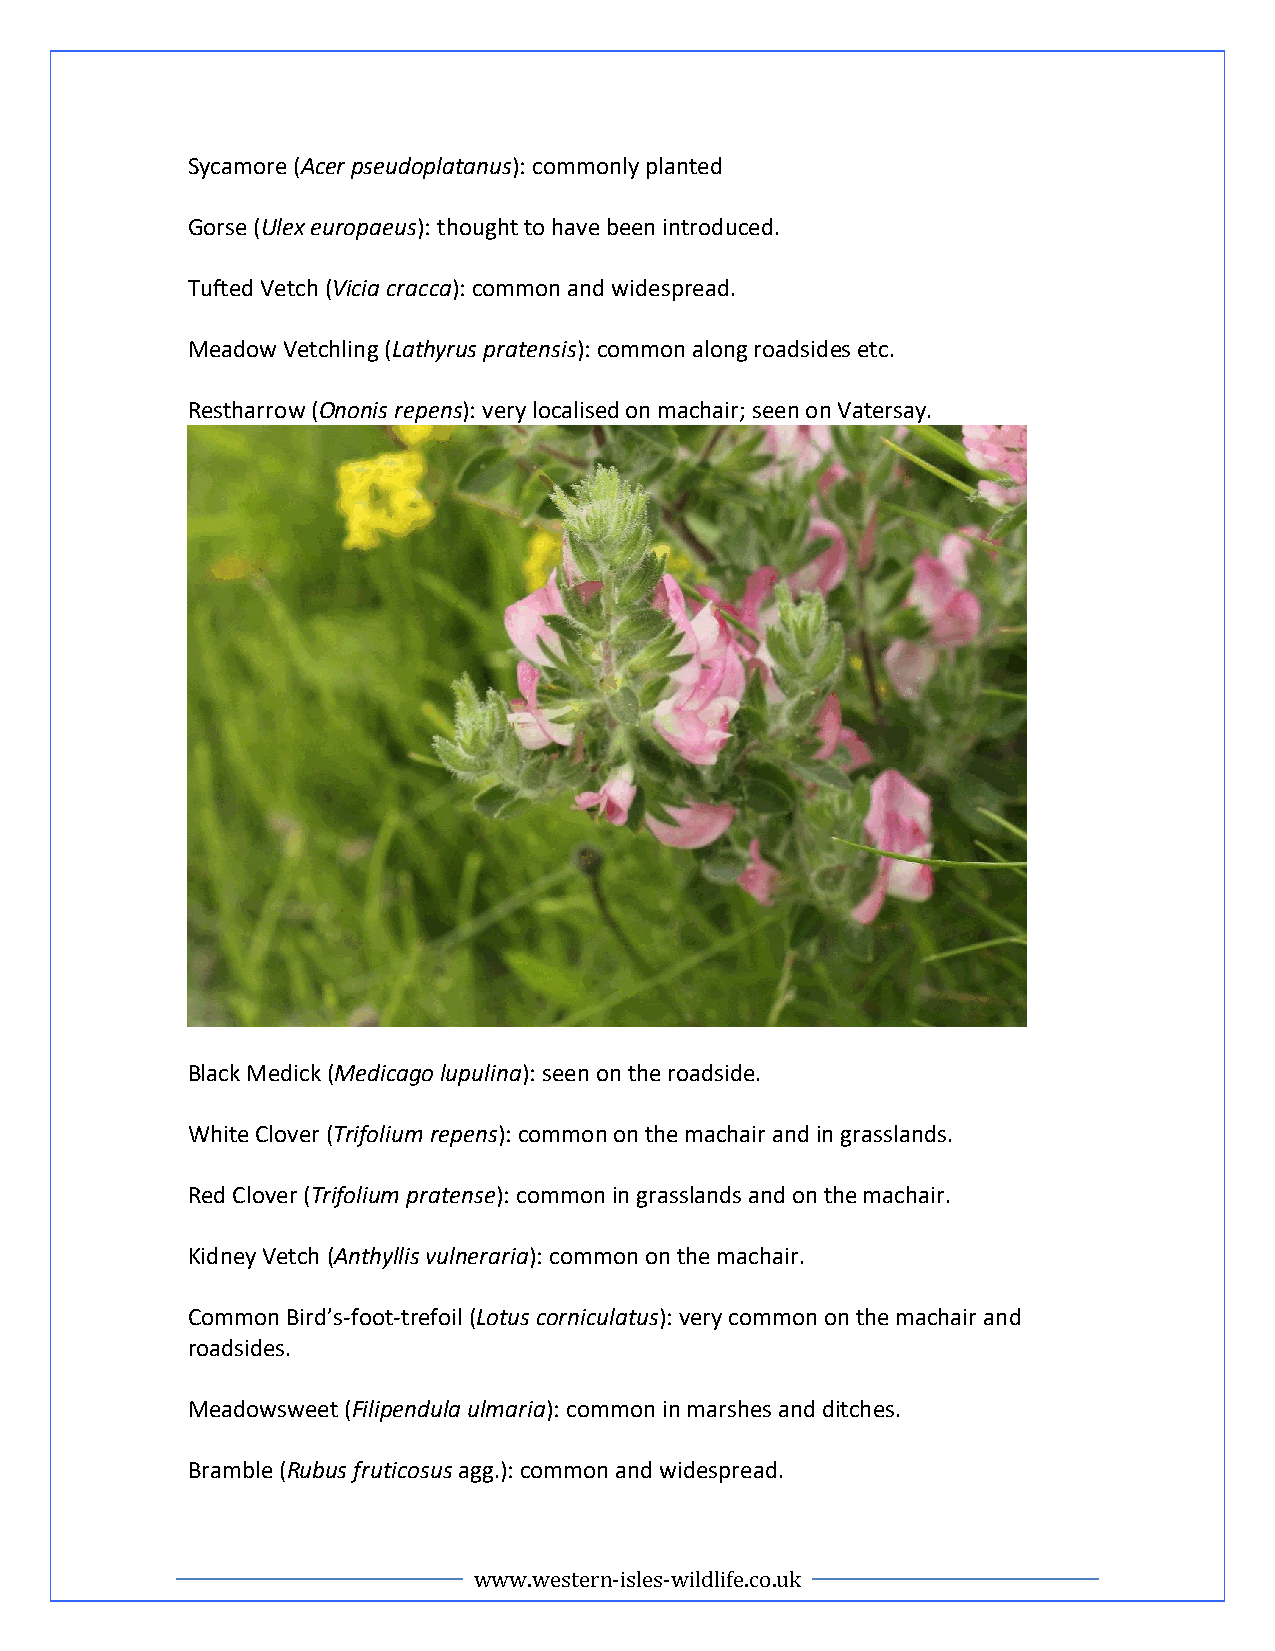
Sycamore (Acer pseudoplatanus): commonly planted
 Gorse (Ulex europaeus): thought to have been introduced.
 Tufted Vetch (Vicia cracca): common and widespread.
 Meadow Vetchling (Lathyrus pratensis): common along roadsides etc.
 Restharrow (Ononis repens): very localised on machair; seen on Vatersay.
 Black Medick (Medicago lupulina): seen on the roadside.
 White Clover (Trifolium repens): common on the machair and in grasslands.
 Red Clover (Trifolium pratense): common in grasslands and on the machair.
 Kidney Vetch (Anthyllis vulneraria): common on the machair.
 Common Bird’s-foot-trefoil (Lotus corniculatus): very common on the machair and
 roadsides.
 Meadowsweet (Filipendula ulmaria): common in marshes and ditches.
 Bramble (Rubus fruticosus agg.): common and widespread.
 www.western-isles-wildlife.co.uk